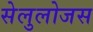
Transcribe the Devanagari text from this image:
सेलुलोजस